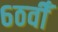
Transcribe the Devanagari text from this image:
६ठवीँ